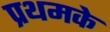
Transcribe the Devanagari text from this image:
प्रथमके